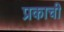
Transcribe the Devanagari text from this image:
प्रकाची